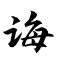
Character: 诲